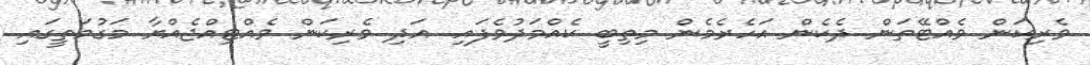
ވެރިކަން ވެއްޓޭތަން ދެކެން އަހެރެމެން މިތިބީ ކެއްމަދުވެފައި. އަދި ވެރިކަން ވެއްޓިއްޖެއްޔާ މަގުމަތީގައި